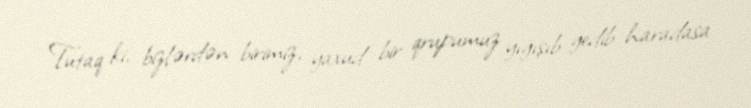
Tutaq ki, bizlərdən birimiz, yaxud bir qrupumuz yığışıb gedib haradasa